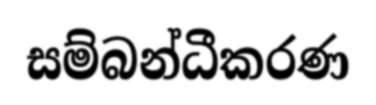
සම්බන්ධීකරණ